[Report on the health of British troops in the Madras command]
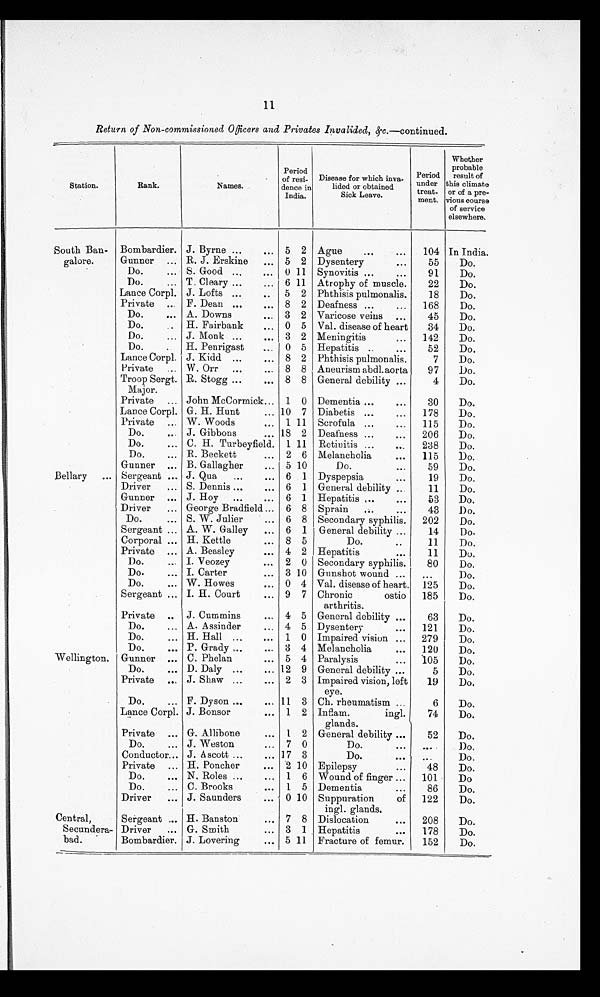
11
Return of Non-commissioned 0fficers and Privates Invalided, &c. —continued.
Station.
Rank.
Names.
Period
of resi-
dence in
India.
Disease for which inva-
lided or obtained
Sick Leave.
Period
under
treat- ment.
Whether
probable
result of
this climate
or of a pre-
vious course
of service
elsewhere.
South Ban-
galore.
Bombardier. J. Byrne ...
... 5 2 Ague
...
...
104 In India.
Gunner ... R. J. Erskine
... 5 2 Dysentery
...
55
Do.
Do.
... S. Good ...
... 0 11 Synovitis ...
...
91
Do.
Do.
... T. Cleary ...
... 6 11 Atrophy of muscle.
22
Do.
Lance Corpl. J. Lofts ...
..
5 2 Phthisis pulmonalis.
18
Do.
Private ... F. Dean ...
... 8 2 Deafness ...
...
168
Do.
Do.
... A. Downs
... 3 2 Varicose veins ...
45
Do.
Do. . . .
H. Fairbank
... 0 5 Val. disease of heart
34
Do.
Do.
... J. Monk ...
... 3 2 Meningitis
...
142
Do.
Do.
...
H. Penrigast ...
0 5 Hepatitis ..
...
52
Do.
Lance Corpl. J. Kidd ...
... 8 2 Phthisis pulmonalis.
7
Do.
Private ... W. Orr ...
... 8 8 Aneurism abdl. aorta
97
D o .
Troop Sergt.
Major.
R. Stogg ...
... 8 8 General debility ...
4
Do.
Private ... Johan McCormick... 1 0 Dementia ...
...
30
Do.
Lance Corpl. G. H. Hunt
... 10 7 Diabetis ...
...
178
Do.
Private ... W. Woods
... 1 11 Scrofula ...
...
115
Do.
Do.
. . .
J. Gibbons
... 18 2 Deafness ...
...
206
Do.
Do.
... C. H. Turbeyfield. 1 11 Retinitis ...
...
238
Do.
Do.
... R. Beckett
... 2 6 Melancholia
...
115
Do.
Gunner ... B. Gallagher
... 5 10
Do.
...
59
Do.
Bellary
... Sergeant ... J. Qua
...
... 6 1 Dyspepsia
...
19
Do.
Driver
... S. Dennis ...
... 6 1 General debility ...
11
Do.
Gunner ... J. Hoy ...
... 6 1 Hepatitis ...
...
53
Do.
Driver
... George Bradfield ... 6 8 Sprain
...
...
43
Do.
Do.
... S. W. Julier
... 6 8 Secondary syphilis.
202
Do.
Sergeant ... A. W. Galley
... 6 1 General debility ...
14
Do.
Corporal ... H. Kettle
... 8 5
Do.
..
11
Do.
Private ... A. Beasley
... 4 2 Hepatitis
...
11
Do.
Do.
... I. Veozey
... 2 0 Secondary syphilis.
80
Do.
Do.
... I. Carter
... 3 10 Gunshot wound ...
...
Do.
Do.
... W. Howes
... 0 4 Val. disease of heart. 125
Do.
Sergeant ... I. H. Court
... 9 7 Chronic
ostio
arthritis.
185
Do.
Private . . .
J. Cummins
... 4 5 General debility ...
63
Do.
Do.
... A. Assinder
... 4 5 Dysentery
...
121
Do.
Do.
... H. Hall ...
... 1 0 Impaired vision ...
279
Do.
Do.
... P. Grady ...
... 3 4 Melancholia
...
120
Do.
Wellington. Gunner ... C. Phelan
... 5 4 Paralysis
...
105
Do.
Do.
... D. Daly ...
... 12 9 General debility ...
5
Do.
Private ... J. Shaw ...
... 2 3 Impaired vision, left
eye.
19
Do.
Do.
... F. Dyson ...
... 11 3 Ch. rheumatism ...
6
Do.
Lance Corpl. J. Bonsor
... 1 2 Inflam.
ingl.
glands.
74
Do.
Private ... G. Allibone
... 1 2 General debility ...
52
Do.
Do.
... J. Weston
... 7 0
Do.
. . .
. . .
Do.
Conductor... J. Ascott ...
... 17 3
Do.
. . .
. . .
Do.
Private ... H. Poncher
... 2 10 Epilepsy
...
48
Do.
Do.
... N. Roles ...
... 1 6 Wound of finger ...
101
Do
Do.
... C. Brooks
... 1 5 Dementia
. . .
86
Do.
Driver
... J. Saunders
... 0 10 Suppuration
of
ingl. glands.
122
Do.
Central,
Secundera-
bad.
Sergeant ... H. Banston
... 7 8 Dislocation
...
208
Do.
Driver
... G. Smith
... 3 1 Hepatitis
...
178
Do.
Bombardier. J. Lovering
... 5 11 Fracture of femur.
152
Do.